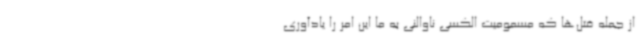
از جمله قتل‌ها که مسمومیت الکسی ناوالنی به ما این امر را یادآوری